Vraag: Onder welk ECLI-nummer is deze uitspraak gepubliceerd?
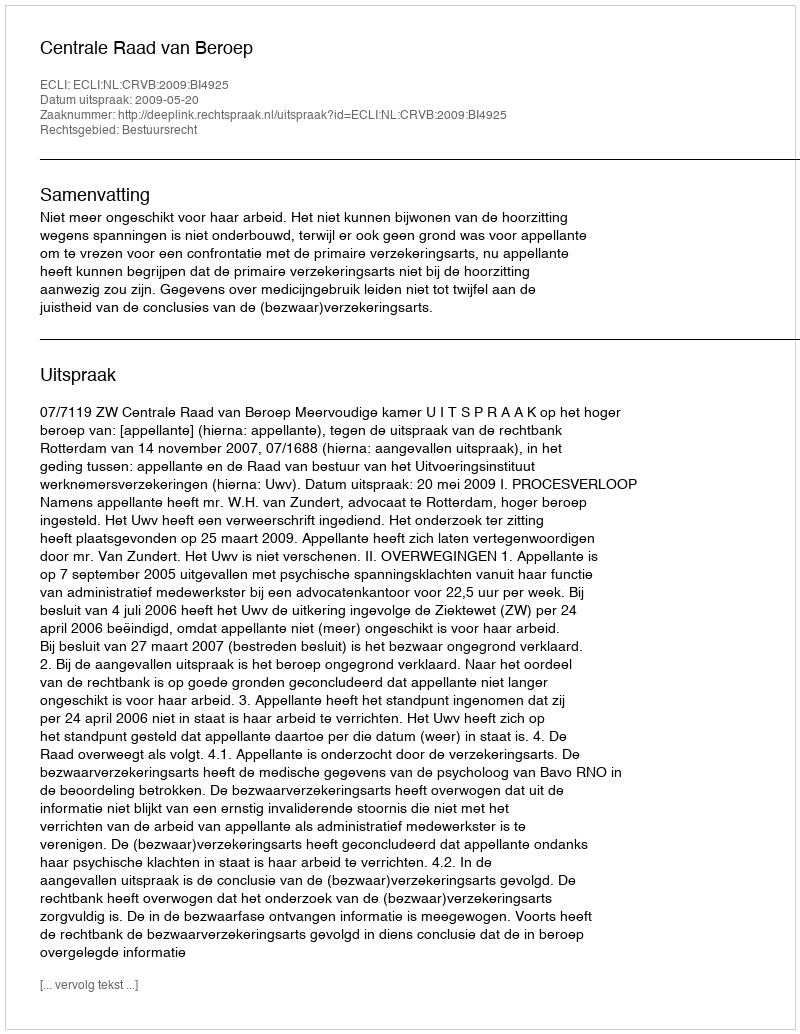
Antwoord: ECLI:NL:CRVB:2009:BI4925